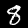
Digit: 8